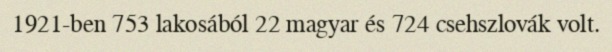
1921-ben 753 lakosából 22 magyar és 724 csehszlovák volt.